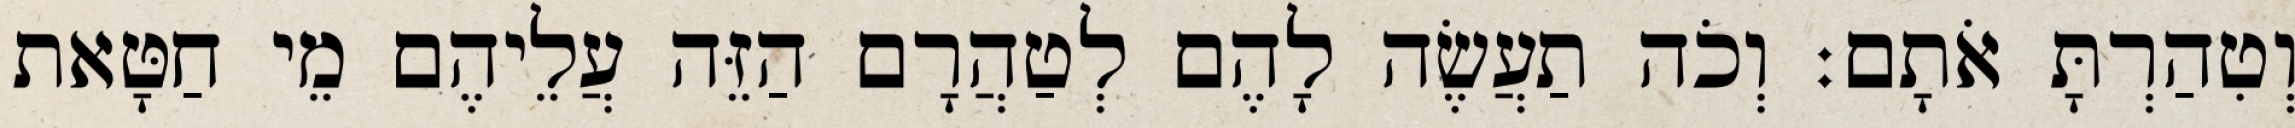
וְטִהַרְתָּ אֹתָם׃ וְכֹה תַעֲשֶׂה לָהֶם לְטַהֲרָם הַזֵּה עֲלֵיהֶם מֵי חַטָּאת